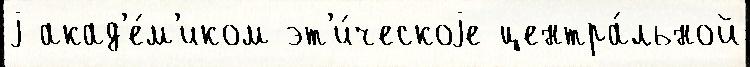
j акад'е́м'иком эт'и́ческоjе центра́льной